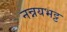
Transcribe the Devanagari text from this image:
नन्नयभट्ट